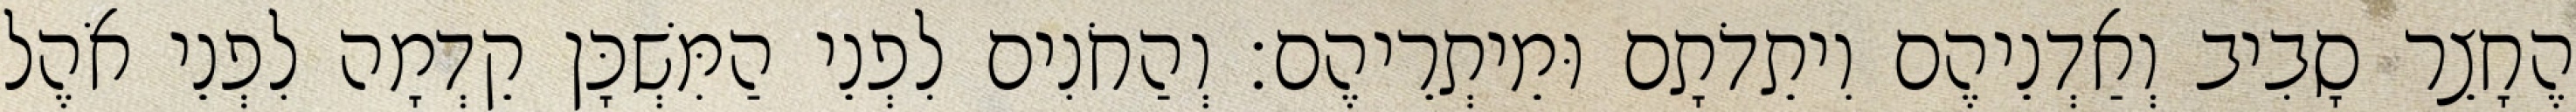
הֶחָצֵר סָבִיב וְאַדְנֵיהֶם וִיתֵדֹתָם וּמֵיתְרֵיהֶם׃ וְהַחֹנִים לִפְנֵי הַמִּשְׁכָּן קֵדְמָה לִפְנֵי אֹהֶל